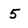
Character: 5